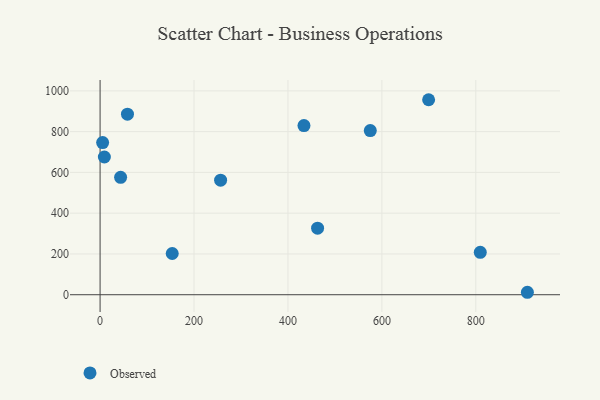
{"axis": {"x": "Investment", "y": "Rating"}, "legend": ["Observed"], "data": [{"x": "909.8", "y": 12.0, "type": "Observed"}, {"x": "434.1", "y": 829.6, "type": "Observed"}, {"x": "5.4", "y": 746.2, "type": "Observed"}, {"x": "463.1", "y": 326.3, "type": "Observed"}, {"x": "699.5", "y": 956.6, "type": "Observed"}, {"x": "809.5", "y": 208.1, "type": "Observed"}, {"x": "43.7", "y": 576.1, "type": "Observed"}, {"x": "575.3", "y": 805.2, "type": "Observed"}, {"x": "256.6", "y": 561.9, "type": "Observed"}, {"x": "9.1", "y": 675.6, "type": "Observed"}, {"x": "153.6", "y": 202.1, "type": "Observed"}, {"x": "58.3", "y": 885.9, "type": "Observed"}]}